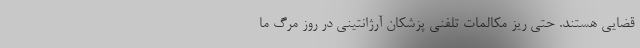
قضایی هستند. حتی ریز مکالمات تلفنی پزشکان آرژانتینی در روز مرگ ما